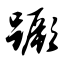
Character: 蹶